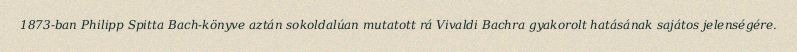
1873-ban Philipp Spitta Bach-könyve aztán sokoldalúan mutatott rá Vivaldi Bachra gyakorolt hatásának sajátos jelenségére.